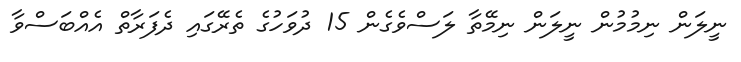
ނީލަން ނިމުމުން ނީލަން ނިމޭތާ ލަސްވެގެން 15 ދުވަހުގެ ތެރޭގައި ދެފަރާތް އެއްބަސްވާ